Black-water fever - Number 35
Disease focus: Fever
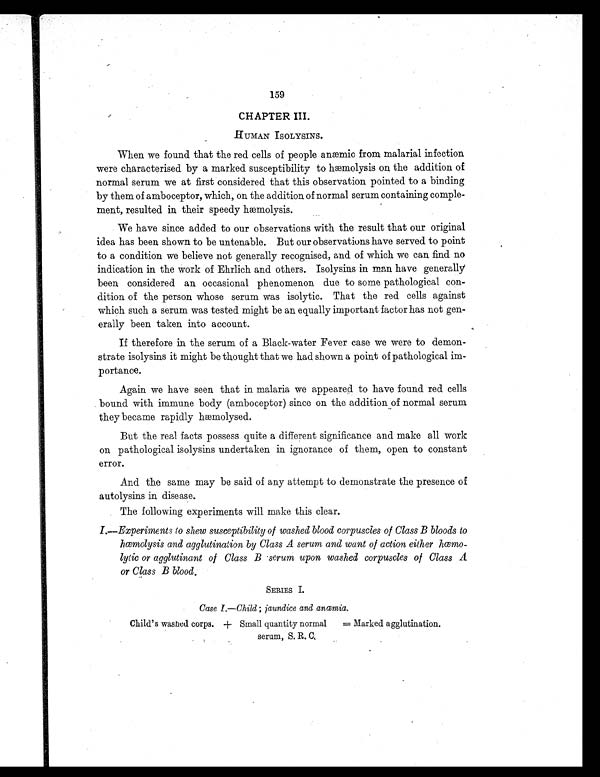
159
CHAPTER III.
HUMAN ISOLYSINS.
When we found that the red cells of people anæmie from malarial infection
were characterised by a marked susceptibility to hæmolysis on the addition of
normal serum we at first considered that this observation pointed to a binding
by them of amboceptor, which, on the addition of normal serum containing comple-
ment, resulted in their speedy hæmolysis.
We have since added to our observations with the result that our original
idea has been shown to be untenable. But our observations have served to point
to a condition we believe not generally recognised, and of which we can find no
indication in the work of Ehrlich and others. Isolysins in man have generally
been considered an occasional phenomenon due to some pathological con-
dition of the person whose serum was isolytic. That the red cells against
which such a serum was tested might be an equally important factor has not gen-
erally been taken into account.
If therefore in the serum of a Black-water Fever case we were to demon-
strate isolysins it might be thought that we had shown a point of pathological im-
portance.
Again we have seen that in malaria we appeared to have found red cells
bound with immune body (amboceptor) since on the addition of normal serum
they became rapidly hæmolysed.
But the real facts possess quite a different significance and make all work
on pathological isolysins undertaken in ignorance of them, open to constant
error.
And the same may be said of any attempt to demonstrate the presence of
autolysins in disease.
The following experiments will make this clear.
I.—Experiments to shew susceptibility of washed blood corpuscles of Class B bloods to
hæmolysis and agglutination by Class A serum and want of action either hæmo-
lytic or agglutinant of Class B serum upon washed corpuscles of Class A
or Class B blood.
SERIES I.
Case I.—Child; jaundice and anæmia.
Child's washed corps. + Small quantity normal = Marked agglutination.
serum, S. R. C,